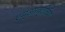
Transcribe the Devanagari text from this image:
एम्‌आय्‌टीच्या